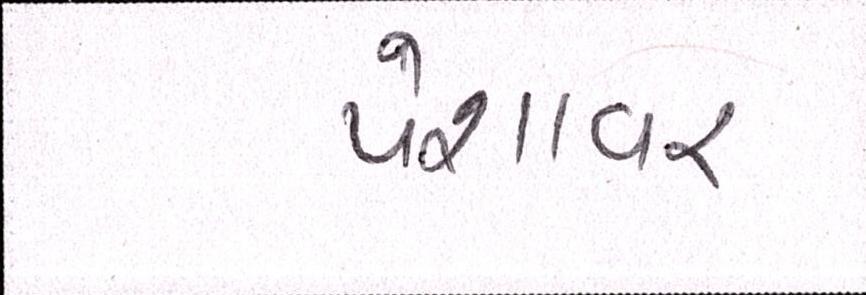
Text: પેશાવર